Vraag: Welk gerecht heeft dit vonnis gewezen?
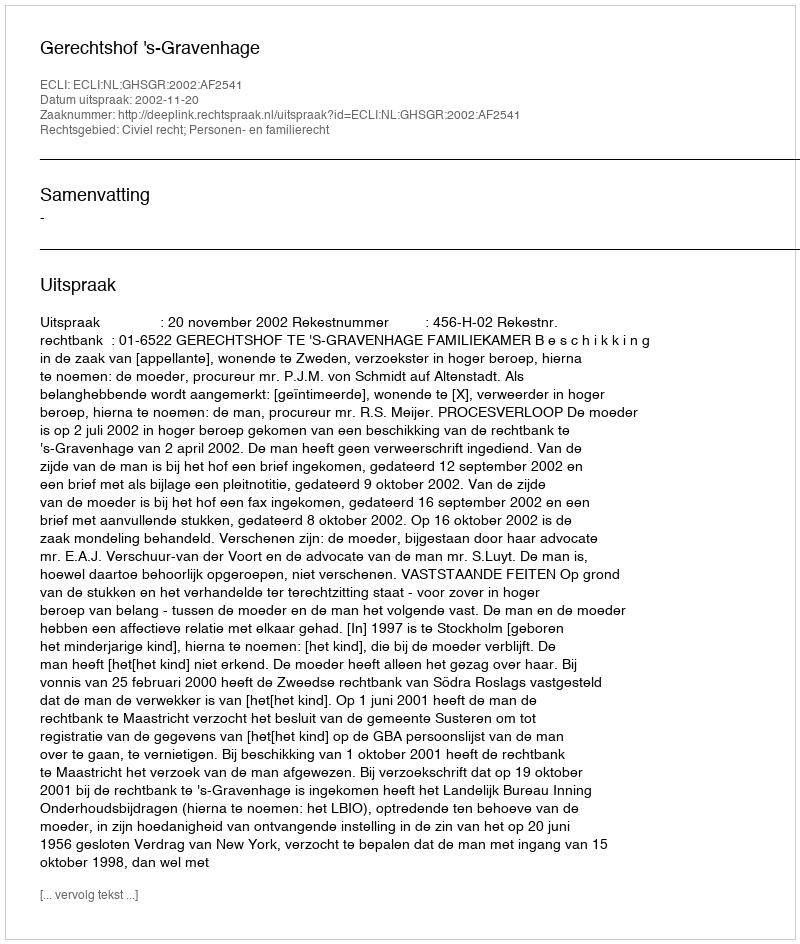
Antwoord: Gerechtshof 's-Gravenhage